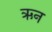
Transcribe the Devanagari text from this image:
ऋन